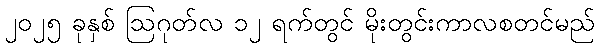
၂၀၂၅ ခုနှစ် ဩဂုတ်လ ၁၂ ရက်တွင် မိုးတွင်းကာလစတင်မည်